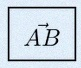
\vec{AB}